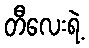
တီလေးရဲ့